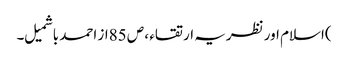
)اسلام اور نظریہ ارتقاء ، ص 85از احمد باشمیل ۔